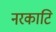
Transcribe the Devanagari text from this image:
नरकाटि